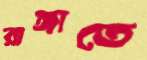
রাঙ্গাতে